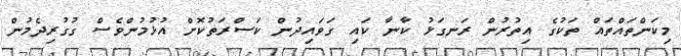
މިކަންތައްތައް ތަކުގެ އިތުރުން ރަނގަޅު ކާނާ ކައި ގަވައިދުން ކަސްރަތުކޮށް އުޅުމުންވެސް ގުގުރިދެމުން